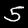
Digit: 5